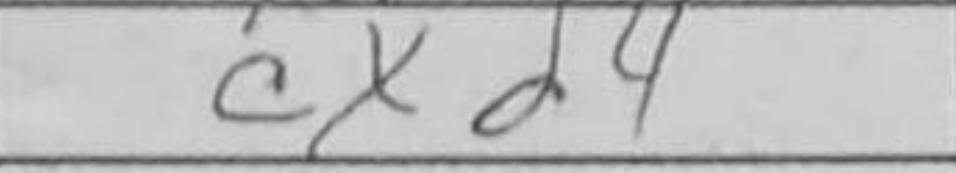
Transcription: cxd4